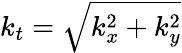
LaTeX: k_{t}=\sqrt{k_{x}^{2}+k_{y}^{2}}